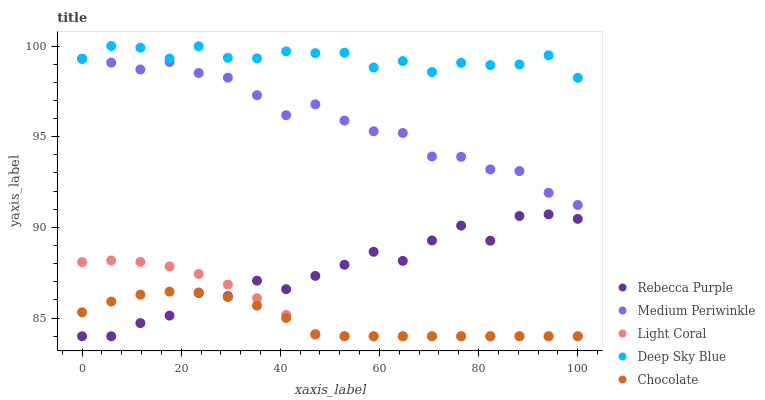
| xaxis_label | Rebecca Purple | Medium Periwinkle | Light Coral | Deep Sky Blue | Chocolate |
 | --- | --- | --- | --- | --- | --- |
 | 0 | 84 | 99.3 | 88.1 | 99.3 | 85.3 |
 | 5.88 | 84 | 99.1 | 88.2 | 100 | 85.9 |
 | 11.8 | 84.7 | 98.7 | 88.1 | 99.9 | 86.3 |
 | 17.6 | 85.1 | 99.1 | 87.9 | 99.3 | 86.5 |
 | 23.5 | 86.4 | 98.5 | 87.4 | 100 | 86.4 |
 | 29.4 | 86.2 | 98.3 | 86.9 | 99.3 | 86.2 |
 | 35.3 | 87.1 | 97.3 | 86.1 | 99.3 | 85.7 |
 | 41.2 | 86.6 | 96.2 | 85.2 | 99.7 | 85 |
 | 47.1 | 87.3 | 96.8 | 84.1 | 99.6 | 84.1 |
 | 52.9 | 87.9 | 95.9 | 84 | 99.6 | 84 |
 | 58.8 | 88.7 | 95.3 | 84 | 98.8 | 84 |
 | 64.7 | 88.2 | 95.2 | 84 | 99.2 | 84 |
 | 70.6 | 89.3 | 93.9 | 84 | 98.6 | 84 |
 | 76.5 | 90.1 | 93.9 | 84 | 99.1 | 84 |
 | 82.4 | 89.3 | 93.2 | 84 | 98.9 | 84 |
 | 88.2 | 90.6 | 93.1 | 84 | 99 | 84 |
 | 94.1 | 90.7 | 91.9 | 84 | 99.5 | 84 |
 | 100 | 90.5 | 91.2 | 84 | 98.2 | 84 |